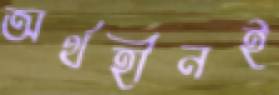
অর্থহীনই